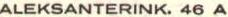
ALEKSANTERINK. 46 A